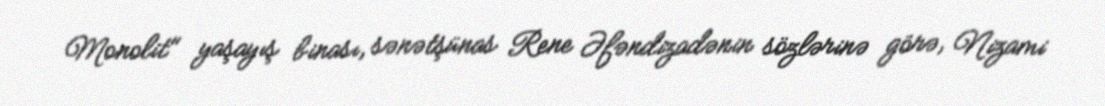
Monolit" yaşayış binası, sənətşünas Rene Əfəndizadənin sözlərinə görə, Nizami